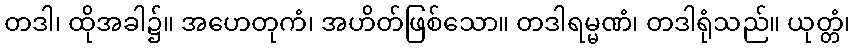
တဒါ၊ ထိုအခါ၌။ အဟေတုကံ၊ အဟိတ်ဖြစ်သော။ တဒါရမ္မဏံ၊ တဒါရုံသည်။ ယုတ္တံ၊